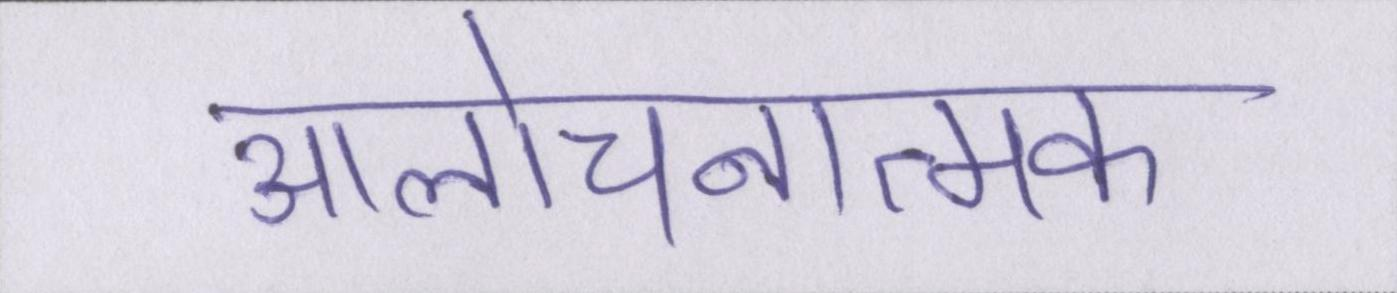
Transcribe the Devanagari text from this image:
आलोचनात्मक